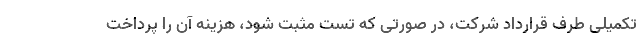
تکمیلی طرف قرارداد شرکت، در صورتی که تست مثبت شود، هزینه آن را پرداخت